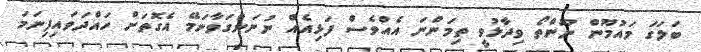
ބަލަގަ މައުމޫން ނޫންތޯ ވިދާޅުވީ ތިމަންނަ އެއްވެސް ފަޅިއެއް ނުނަންގަވާނަމޭ އެގޮތަށް ހައްދަވައިފިނަމަ